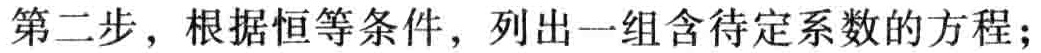
第二步，根据恒等条件，列出一组含待定系数的方程；